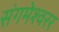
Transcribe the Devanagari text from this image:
संगमेश्वरर